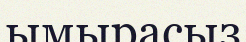
ымырасыз